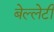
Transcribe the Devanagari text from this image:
बेल्लेटी